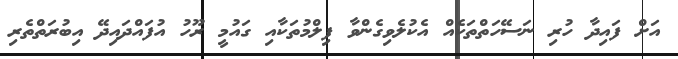
އަށް ފައިދާ ހުރި ނަސޭހަތްތަކެއް އެކުލެވިގެންވާ ފިލްމުތަކާއި ގައުމީ ރޫހު އުފައްދައިދޭ އިބުރަތްތެރި